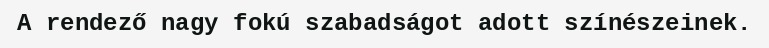
A rendező nagy fokú szabadságot adott színészeinek.